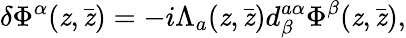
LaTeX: \delta\Phi^{\alpha}(\mathit{z},\bar{{\mathit{z}}})=-i\Lambda_{a}(\mathit{z},\bar{{\mathit{z}}})d_{\beta}^{a\alpha}\Phi^{\beta}(\mathit{z},\bar{{\mathit{z}}}),